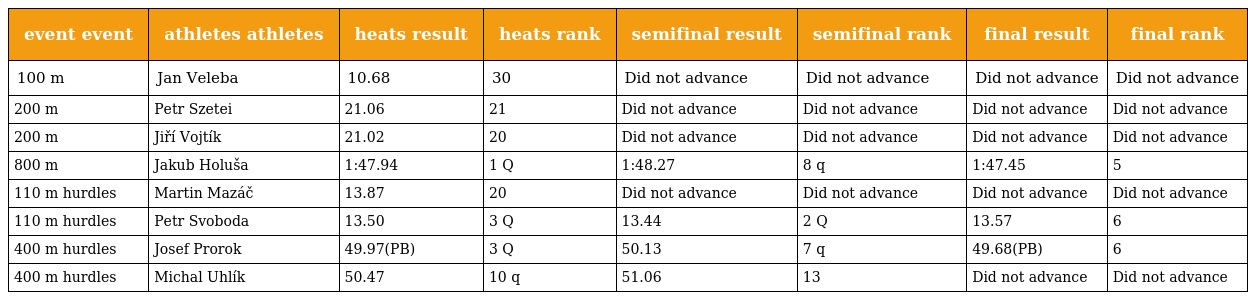
| event event | athletes athletes | heats result | heats rank | semifinal result | semifinal rank | final result | final rank |
 | --- | --- | --- | --- | --- | --- | --- | --- |
 | 100 m | Jan Veleba | 10.68 | 30 | Did not advance | Did not advance | Did not advance | Did not advance |
 | 200 m | Petr Szetei | 21.06 | 21 | Did not advance | Did not advance | Did not advance | Did not advance |
 | 200 m | Jiří Vojtík | 21.02 | 20 | Did not advance | Did not advance | Did not advance | Did not advance |
 | 800 m | Jakub Holuša | 1:47.94 | 1 Q | 1:48.27 | 8 q | 1:47.45 | 5 |
 | 110 m hurdles | Martin Mazáč | 13.87 | 20 | Did not advance | Did not advance | Did not advance | Did not advance |
 | 110 m hurdles | Petr Svoboda | 13.50 | 3 Q | 13.44 | 2 Q | 13.57 | 6 |
 | 400 m hurdles | Josef Prorok | 49.97(PB) | 3 Q | 50.13 | 7 q | 49.68(PB) | 6 |
 | 400 m hurdles | Michal Uhlík | 50.47 | 10 q | 51.06 | 13 | Did not advance | Did not advance |